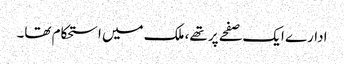
ادارے ایک صفحے پر تھے، ملک میں استحکام تھا۔